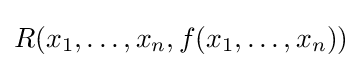
R(x_{1},\dots ,x_{n},f(x_{1},\dots ,x_{n}))